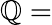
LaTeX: \mathbb{Q}=